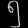
Digit: ၅